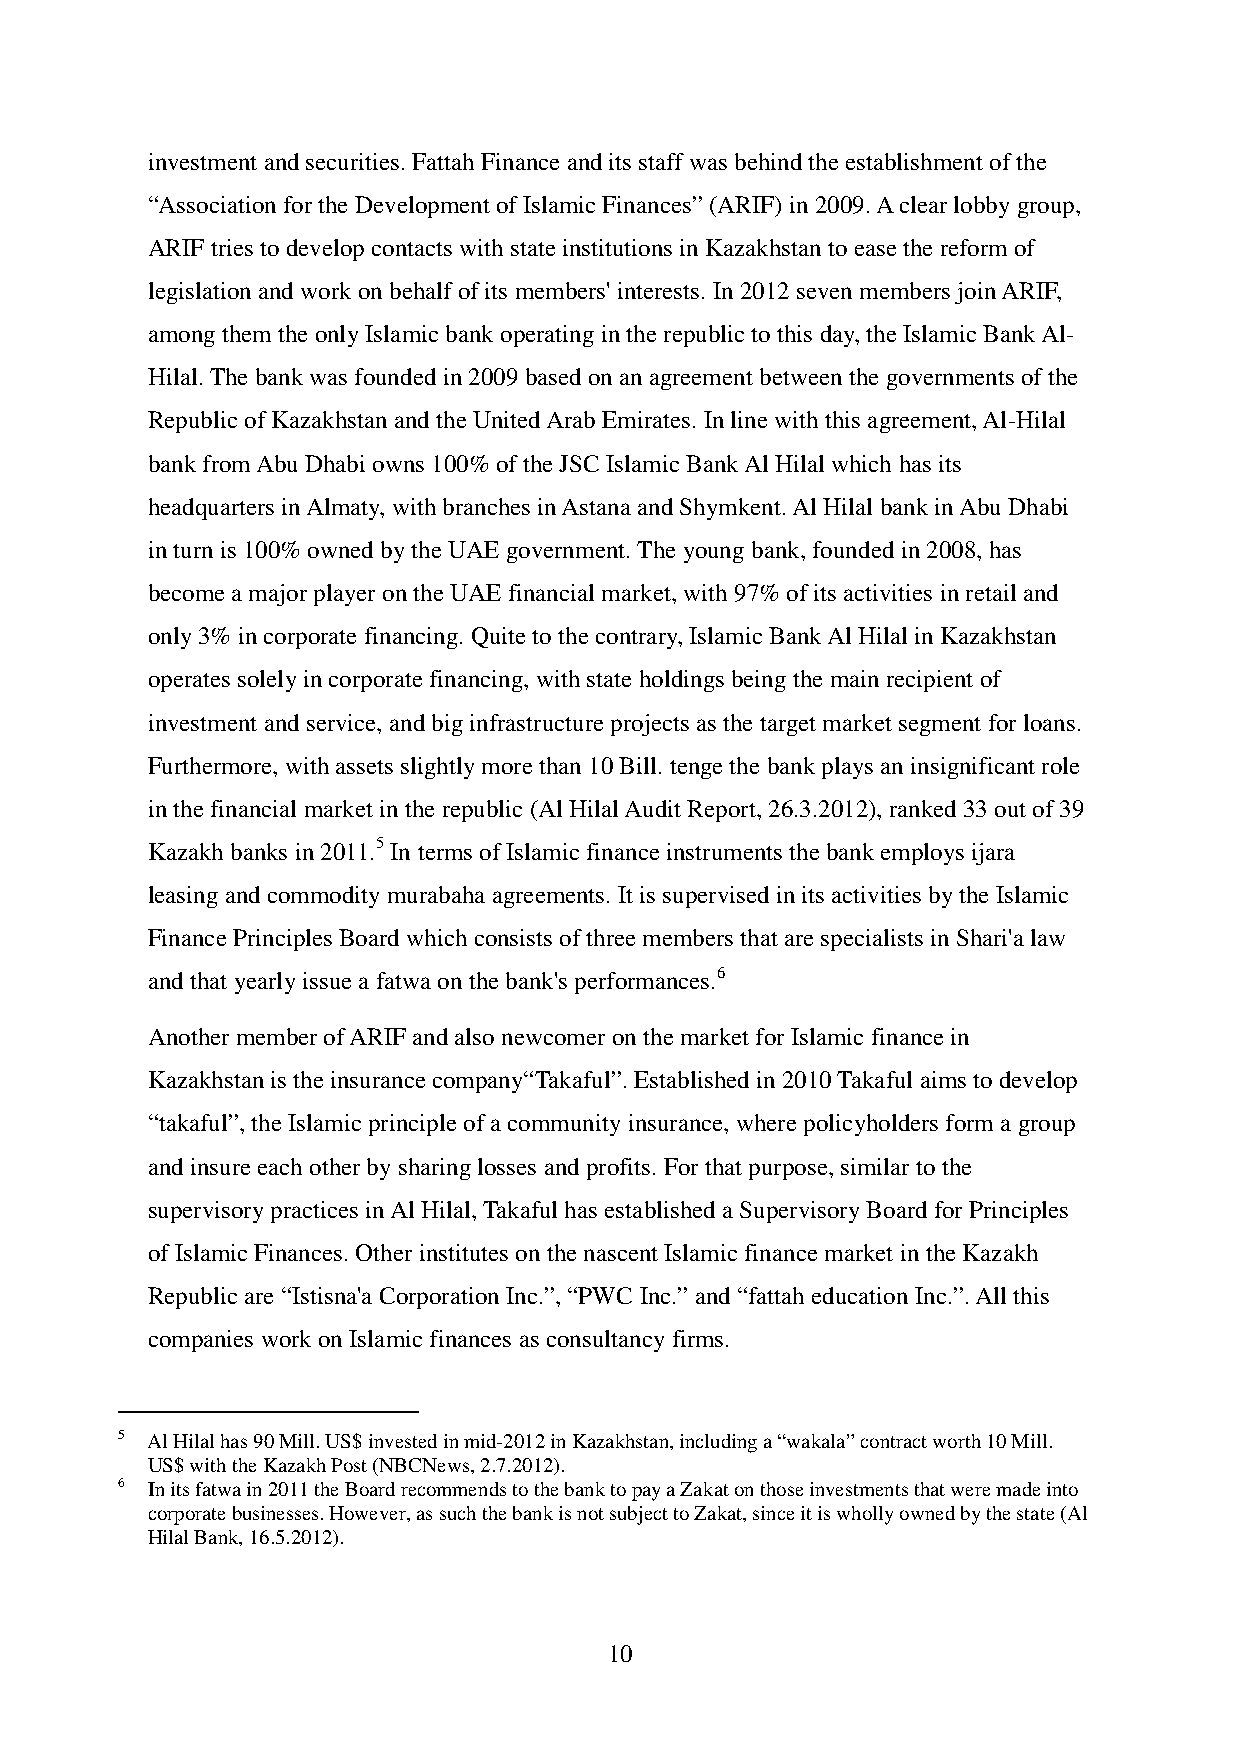
investment and securities. Fattah Finance and its staff was behind the establishment of the
 “Association for the Development of Islamic Finances” (ARIF) in 2009. A clear lobby group,
 ARIF tries to develop contacts with state institutions in Kazakhstan to ease the reform of
 legislation and work on behalf of its members' interests. In 2012 seven members join ARIF,
 among them the only Islamic bank operating in the republic to this day, the Islamic Bank Al-
 Hilal. The bank was founded in 2009 based on an agreement between the governments of the
 Republic of Kazakhstan and the United Arab Emirates. In line with this agreement, Al-Hilal
 bank from Abu Dhabi owns 100% of the JSC Islamic Bank Al Hilal which has its
 headquarters in Almaty, with branches in Astana and Shymkent. Al Hilal bank in Abu Dhabi
 in turn is 100% owned by the UAE government. The young bank, founded in 2008, has
 become a major player on the UAE financial market, with 97% of its activities in retail and
 only 3% in corporate financing. Quite to the contrary, Islamic Bank Al Hilal in Kazakhstan
 operates solely in corporate financing, with state holdings being the main recipient of
 investment and service, and big infrastructure projects as the target market segment for loans.
 Furthermore, with assets slightly more than 10 Bill. tenge the bank plays an insignificant role
 in the financial market in the republic (Al Hilal Audit Report, 26.3.2012), ranked 33 out of 39
 Kazakh banks in 2011.5 In terms of Islamic finance instruments the bank employs ijara
 leasing and commodity murabaha agreements. It is supervised in its activities by the Islamic
 Finance Principles Board which consists of three members that are specialists in Shari'a law
 and that yearly issue a fatwa on the bank's performances.6
 Another member of ARIF and also newcomer on the market for Islamic finance in
 Kazakhstan is the insurance company“Takaful”. Established in 2010 Takaful aims to develop
 “takaful”, the Islamic principle of a community insurance, where policyholders form a group
 and insure each other by sharing losses and profits. For that purpose, similar to the
 supervisory practices in Al Hilal, Takaful has established a Supervisory Board for Principles
 of Islamic Finances. Other institutes on the nascent Islamic finance market in the Kazakh
 Republic are “Istisna'a Corporation Inc.”, “PWC Inc.” and “fattah education Inc.”. All this
 companies work on Islamic finances as consultancy firms.
 5 Al Hilal has 90 Mill. US$ invested in mid-2012 in Kazakhstan, including a “wakala” contract worth 10 Mill.
 US$ with the Kazakh Post (NBCNews, 2.7.2012).
 6 In its fatwa in 2011 the Board recommends to the bank to pay a Zakat on those investments that were made into
 corporate businesses. However, as such the bank is not subject to Zakat, since it is wholly owned by the state (Al
 Hilal Bank, 16.5.2012).
 10